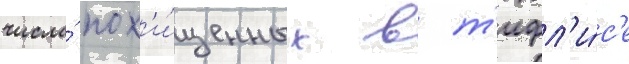
числа́ пох'и́щенных в т'ифл'и́с'е